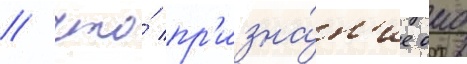
/ что́ пр'изна́н'ие оао